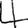
Digit: 4